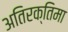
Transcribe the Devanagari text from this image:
अतिरक्तिमा